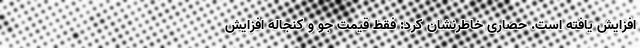
افزایش یافته است. حصاری خاطرنشان کرد: فقط قیمت جو و کنجاله افزایش